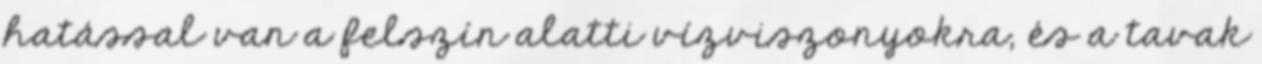
hatással van a felszín alatti vízviszonyokra, és a tavak